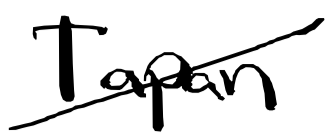
Text: Tapan
Cross-out: mix
Writing tool: digital_black